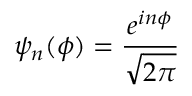
\psi _ { n } ( \phi ) = { \frac { e ^ { i n \phi } } { \sqrt { 2 \pi } } }